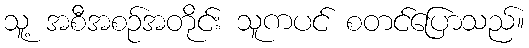
သူ့ အစီအစဉ်အတိုင်း သူကပင် စတင်ပြောသည်။